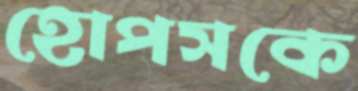
হোপসকে